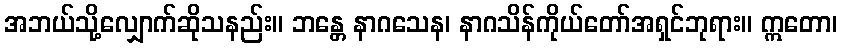
အဘယ်သို့လျှောက်ဆိုသနည်း။ ဘန္တေ နာဂသေန၊ နာဂသိန်ကိုယ်တော်အရှင်ဘုရား။ ဣတော၊